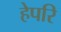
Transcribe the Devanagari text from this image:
हेपरि